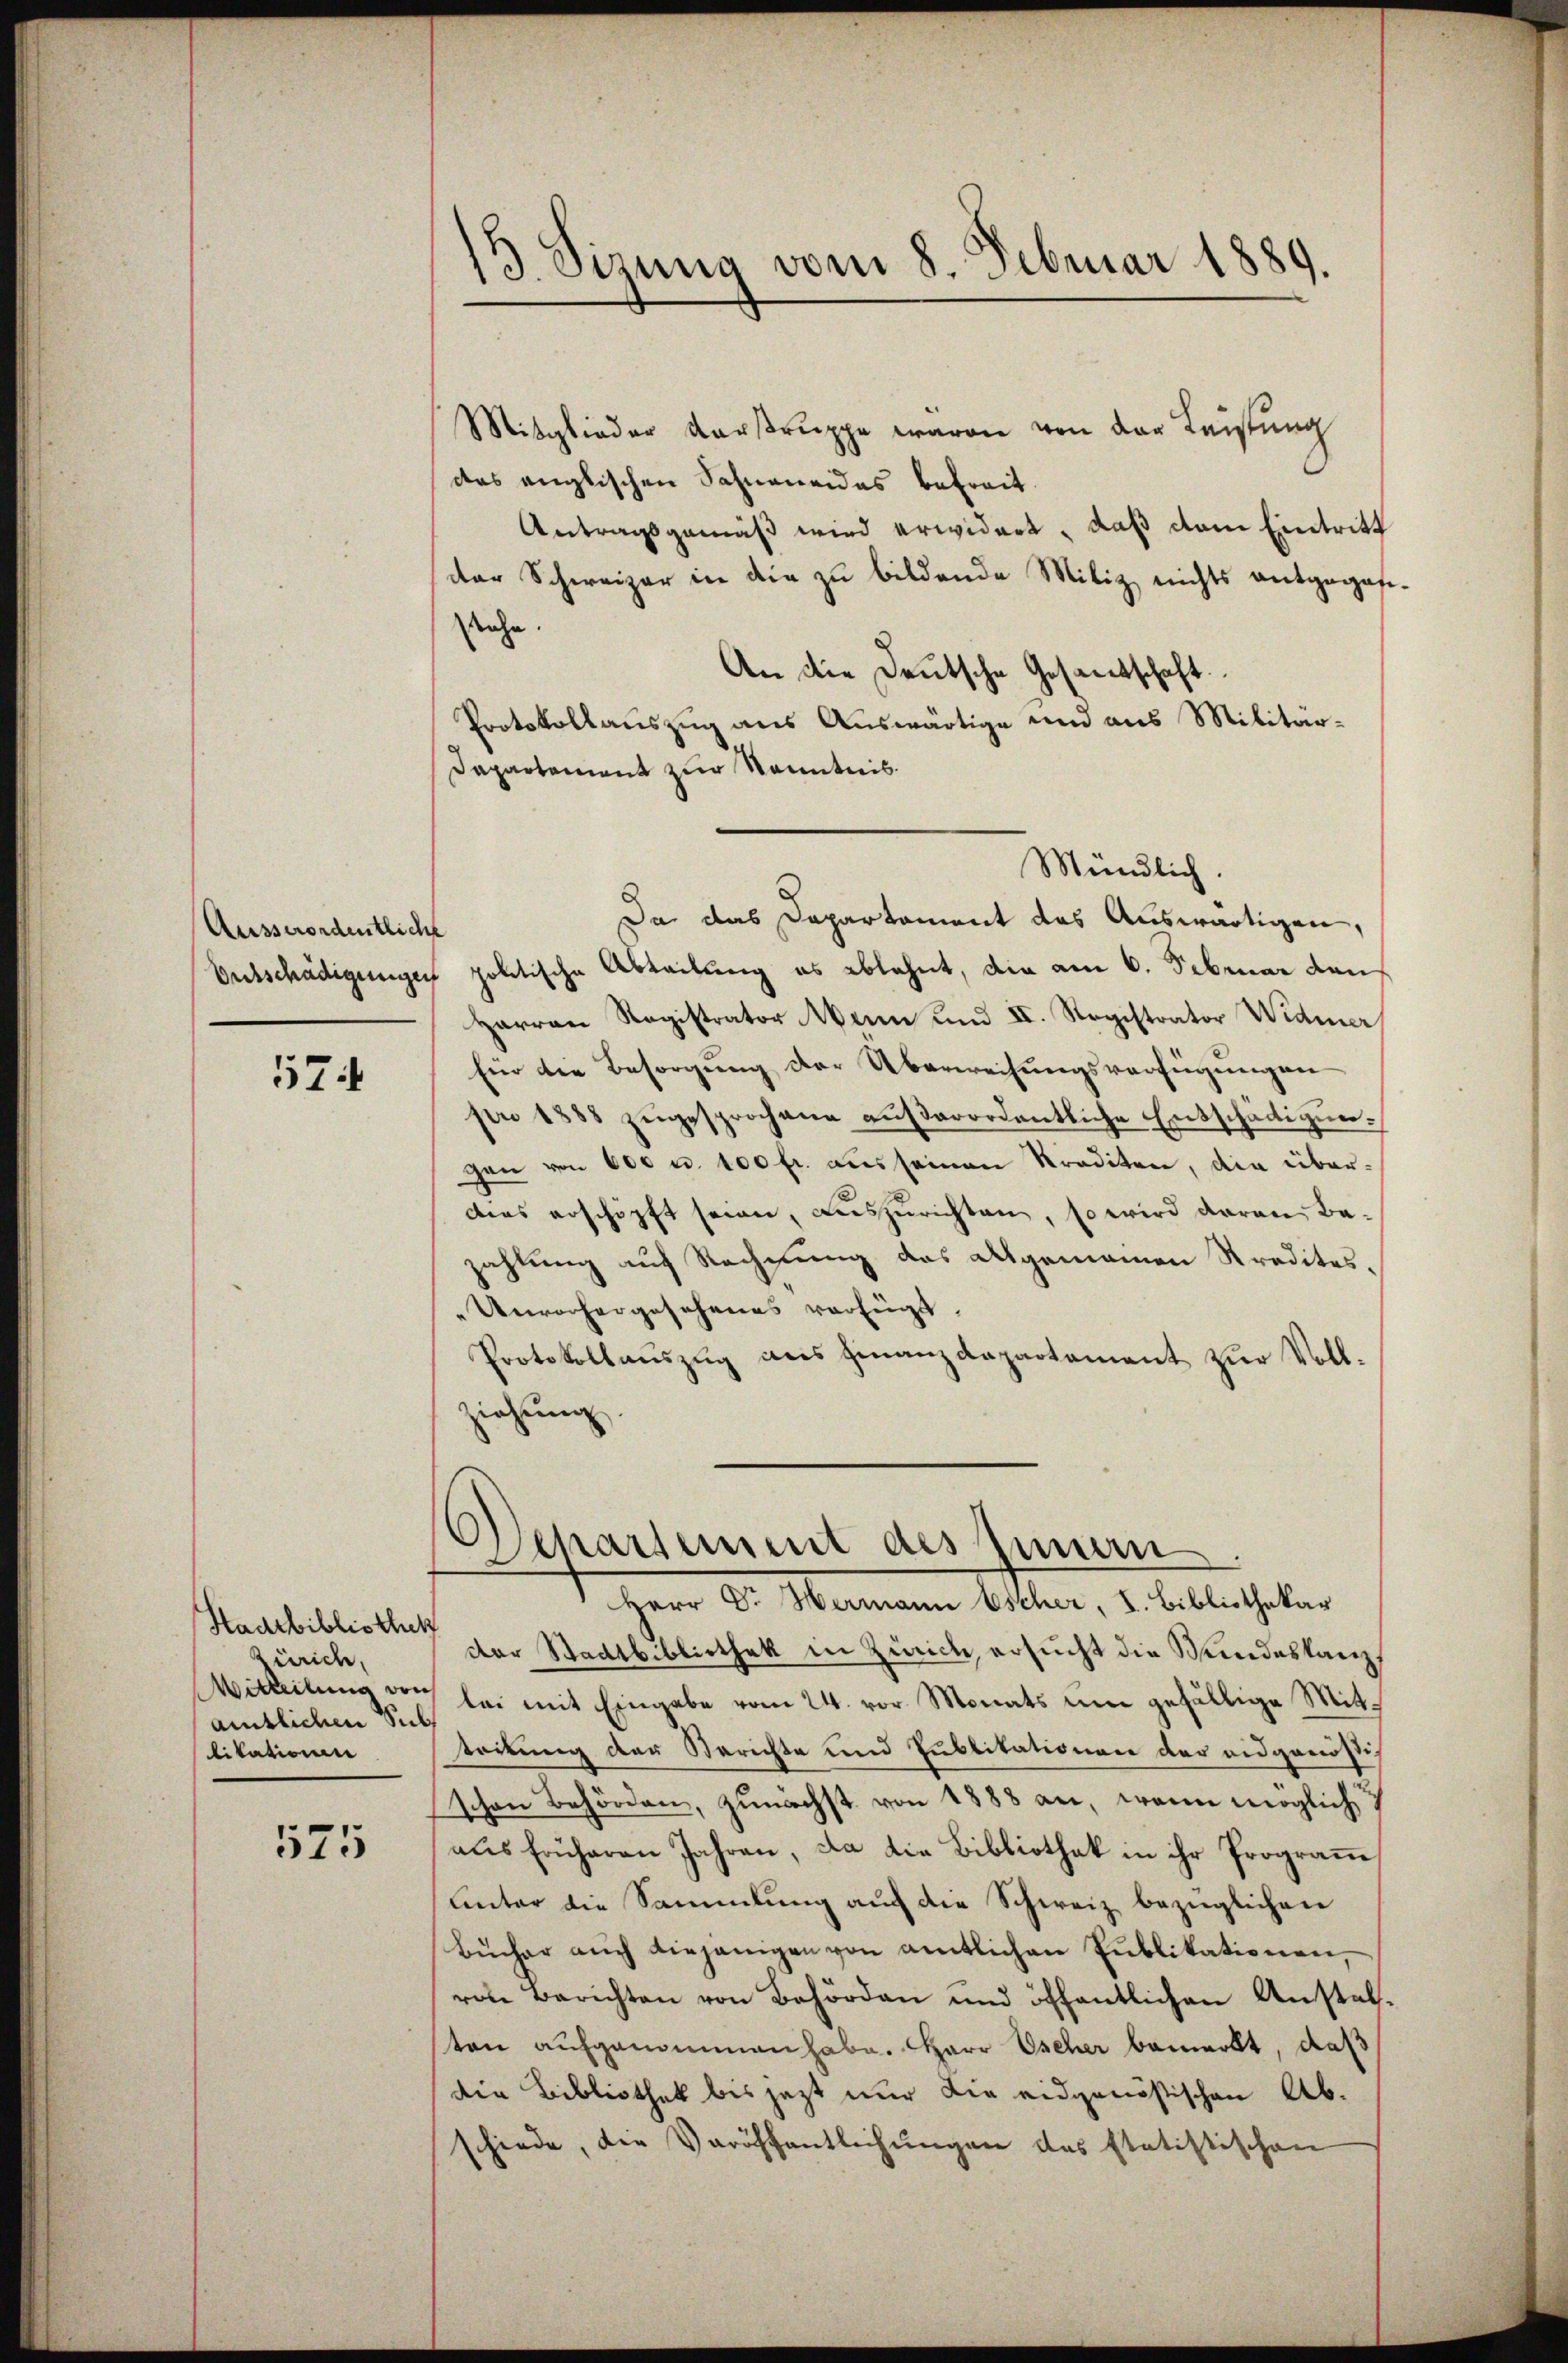
Ausserordentlich

574

Hadtbibliothek
Zürich,
amtlichen Sub
likationen

575

13. Sizung vom 8. Februar 1889.

Mitglieder Vorstruppe waren von der Leistung
das englischen Sahneneides befreit.
Antragsgemäß wird erwidert, daß vom Eintritt
der Schweizer in die zu bildende Miliz nichts entgegef
stehe.
An die Deutsche Gesandtschaft
Protokollauszug aus Auswärtige und aus Militär¬
Dapartement zur Kenntnis.
Da das Departament das Auswärtigen,
Entschädigungen politische Abteilung es ablehnt, die am 6. Februar dan
Harren Registrator Mann und II. Registrator Widmer
Eür die Besorgung der Überweisungsverfügungen
pro 1883 zŭgesprochene aŭβerordentliche Entschädigŭng
gen von 600 u. 100 fl. aus seinen Krediten, die überdies erschöpft seien, auszurichten, so wird daran Be-
zahlung auf Rechnung des abgemainen Kredites¬
Unvorhergesehenes verfügt,
Protokollauszug aus Finanzdepartement zur Vollziehung
Departement des Innern
Herr Dr. Hermann Escher, I. Bibliothekar
der Stadtbibliothek in Zürich, ersucht die Wundeskanz¬
Witteilung von bei mit Eingabe vom 24. vor. Monats um gefällige Mittockung der Berichte und Publikationen der eidgenössis
schen Behörden, zunächst von 1888 an, wenn möglich
aus früheren Jahren, da die Bibliothek in ihr Programm
unter die Sammlung auf die Schweiz bezüglichen
Bücher auch diejenigen von amtlichen Publikationen,
ven Berichten von Behörden und öffentlichen Anstal.
ten aufgenommen habe. Herr Escher bemerkt, daß
die Bibliothek bis jetzt nur die eidgenößischen Abschiede, die Veröffentlichungen des statistischen

Mündlich.